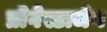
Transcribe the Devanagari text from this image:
प्रोगेस्टाजेन